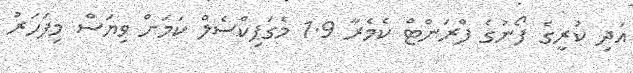
އަދި ކުރީގެ ފޯނުގެ ފްރަންޓް ކެމެރާ 1.9 މެގަޕިކްސެލް ކަމަށް ވިޔަސް މިފަހަރު